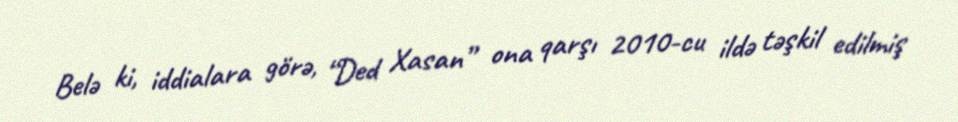
Belə ki, iddialara görə, “Ded Xasan” ona qarşı 2010-cu ildə təşkil edilmiş